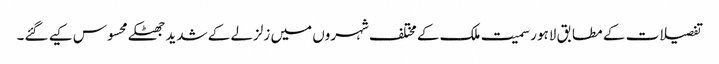
تفصیلات کے مطابق لاہور سمیت ملک کے مختلف شہروں میں زلزلے کے شدید جھٹکے محسوس کیے گئے۔